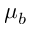
\mu _ { b }